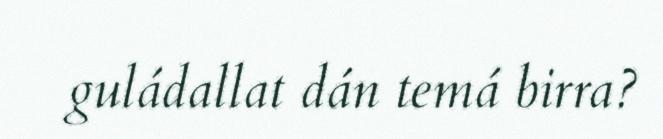
guládallat dán temá birra?